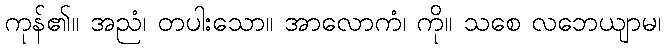
ကုန်၏။ အညံ၊ တပါးသော။ အာလောကံ၊ ကို။ သစေ လဘေယျာမ၊